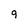
Character: 9